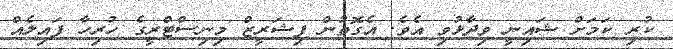
ކުރި ކަމަށް ޝައިނީ ވިދާޅުވި އެވެ. އެގޮތުން ފިޝަރީޒް މިނިސްޓްރީގެ ހުރިހާ ފައިލެއް